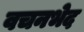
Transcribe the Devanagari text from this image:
वचनभेद